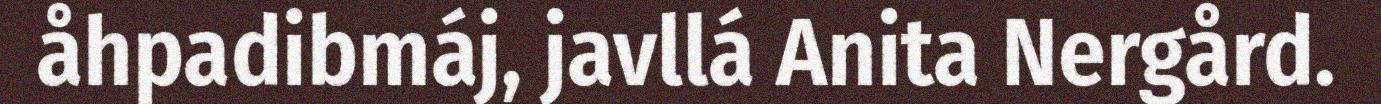
åhpadibmáj, javllá Anita Nergård.